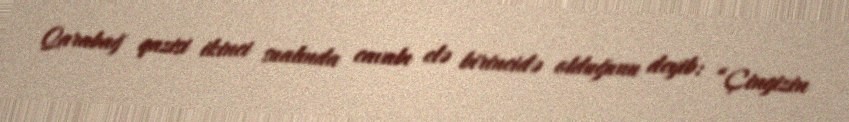
Qarabağ qazisi ikinci sualında cavabı elə birincidə olduğunu deyib: “Çingizin